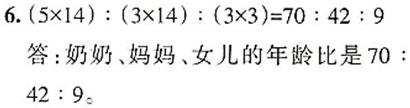
6. $(5\times14):(3\times14):(3\times3)=70:42:9$
答：奶奶、妈妈、女儿的年龄比是$70:42:9$。